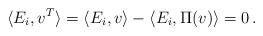
LaTeX: \begin{align*}\langle E_i , v^T \rangle = \langle E_i , v \rangle - \langle E_i , \Pi (v) \rangle = 0 \, .\end{align*}